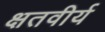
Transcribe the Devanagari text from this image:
क्षतवीर्य